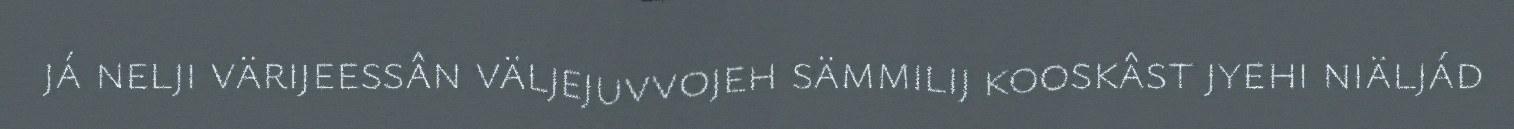
já nelji värijeessân väljejuvvojeh sämmilij kooskâst jyehi niäljád